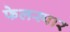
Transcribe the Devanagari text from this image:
फेलस्पार